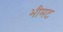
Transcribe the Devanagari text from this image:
भीमट